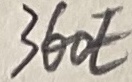
Text: 360E